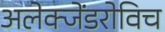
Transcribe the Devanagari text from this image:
अलेक्जेंडरोविच